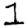
Digit: 1